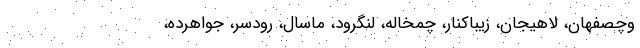
وچصفهان، لاهیجان، زیباکنار، چمخاله، لنگرود، ماسال، رودسر، جواهرده،